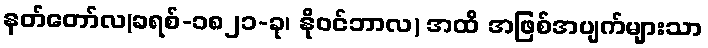
နတ်တော်လ(ခရစ်-၁၈၂၁-ခု၊ နိုဝင်ဘာလ) အထိ အဖြစ်အပျက်များသာ